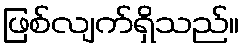
ဖြစ်လျက်ရှိသည်။